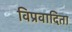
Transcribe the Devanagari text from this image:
विप्रवादिता